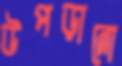
উপড়ানো